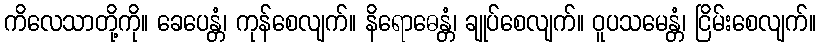
ကိလေသာတို့ကို။ ခေပေန္တံ၊ ကုန်စေလျက်။ နိရောဓေန္တံ၊ ချုပ်စေလျက်။ ဝူပသမေန္တံ၊ ငြိမ်းစေလျက်။